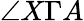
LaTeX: \angle X\Gamma A